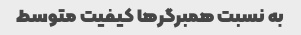
به نسبت همبرگرها کیفیت متوسط